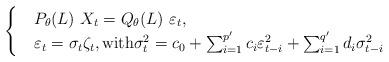
LaTeX: \begin{align*}\begin{cases}&P_\theta(L) \ X_t=Q_\theta(L) \ \varepsilon_t,\\&\varepsilon_t=\sigma_t \zeta_t,\mbox{with} \sigma_t^2=c_0+\sum_{i=1}^{p'}c_i \varepsilon_{t-i}^2+\sum_{i=1}^{q'}d_i \sigma_{t-i}^2\end{cases}\end{align*}